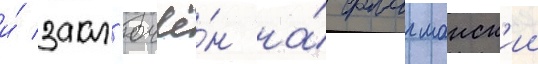
и́ закл'ючё́н на́ флагманск'ии